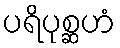
ပရိပုစ္ဆဟံ